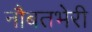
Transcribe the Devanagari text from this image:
नौबतभेरी